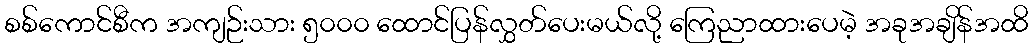
စစ်ကောင်စီက အကျဉ်းသား ၅၀၀၀ ထောင်ပြန်လွှတ်ပေးမယ်လို့ ကြေညာထားပေမဲ့ အခုအချိန်အထိ